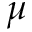
\mu